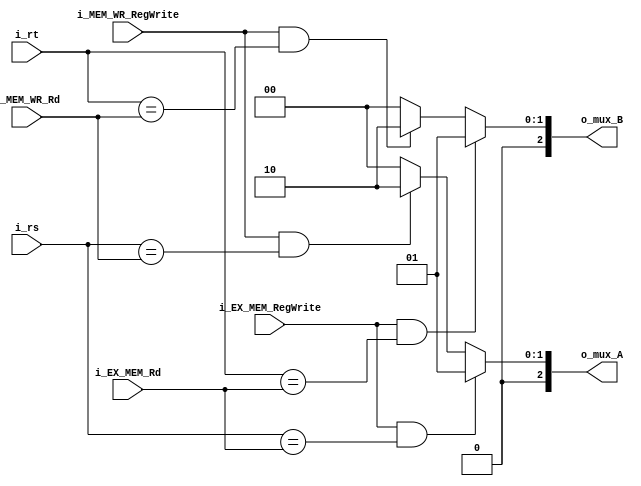
`timescale 1ns / 1ps

module EX_Unidad_Cortocircuito
    #(
        parameter RNBITS    =   5,
        parameter MUXBITS   =   3
    )
    (
        input   wire                i_EX_MEM_RegWrite,
        input   wire [RNBITS-1  :0] i_EX_MEM_Rd,
        input   wire                i_MEM_WR_RegWrite,
        input   wire [RNBITS-1  :0] i_MEM_WR_Rd, 
        input   wire [RNBITS-1  :0] i_rs,
        input   wire [RNBITS-1  :0] i_rt,
        
        output  wire [MUXBITS-1 :0] o_mux_A,
        output  wire [MUXBITS-1 :0] o_mux_B
    );
    
    reg [MUXBITS-1 :0]  mux_A;
    reg [MUXBITS-1 :0]  mux_B;
    
    always @(*)
    begin
        if(i_EX_MEM_RegWrite && (i_rs == i_EX_MEM_Rd))begin
            mux_A = 3'b001;
        end
        else if (i_MEM_WR_RegWrite && (i_rs == i_MEM_WR_Rd))begin
            mux_A = 3'b010;
        end
        else begin
            mux_A = 3'b000;
        end
    end
      
    always @(*)
    begin
        if (i_EX_MEM_RegWrite && (i_rt == i_EX_MEM_Rd)) begin
            mux_B = 3'b001;
        end
        else if (i_MEM_WR_RegWrite && (i_rt == i_MEM_WR_Rd)) begin
            mux_B = 3'b010;
        end
        else begin
            mux_B = 3'b000;
        end
    end


    assign  o_mux_A =   mux_A;
    assign  o_mux_B =   mux_B;

endmodule